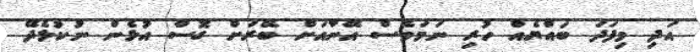
އަދި މިފަދަ ބައްޔެއް ހުރި ނަމަވެސް އޭނާއަށް ބޭރަށް ގޮސް އުޅެން ނުކުޅެދޭ